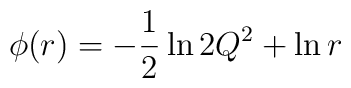
\phi (r) = -\frac{1}{2} \ln 2Q^{2} + \ln r